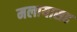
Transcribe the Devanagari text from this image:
मलायासह